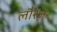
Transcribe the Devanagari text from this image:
लौरेंज़